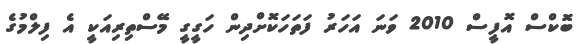
ބޮކްސް އޮފީސް 2010 ވަނަ އަހަރު ފަތަހަކޮށްދިން ހަގީގީ މޭސްތިރިއަކީ އެ ފިލްމުގެ